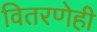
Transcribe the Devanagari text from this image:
वितरणेही